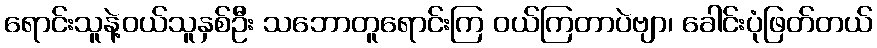
ရောင်းသူနဲ့ဝယ်သူနှစ်ဦး သဘောတူရောင်းကြ ဝယ်ကြတာပဲဗျာ၊ ခေါင်းပုံဖြတ်တယ်